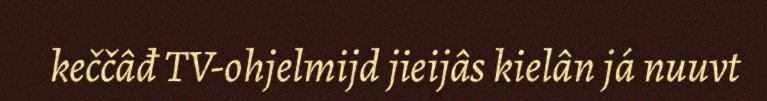
keččâđ TV-ohjelmijd jieijâs kielân já nuuvt